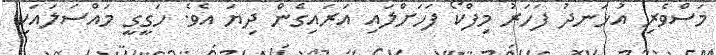
މަސްވެރި އުޅަނދު ފަހަރު މިފްކޯ ފަހަށްލައި އަރައިގެން ދިޔަ އެވެ. ހަގީގީ މައްސަލައަކީ